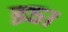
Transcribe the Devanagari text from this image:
इ५१